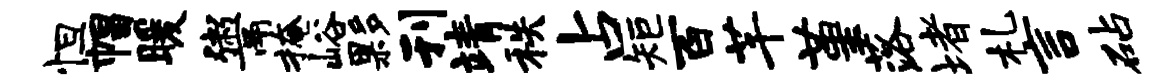
怛帽暖鬻掩峪夥刊靖秩占矩百芊堇落堵札言砧